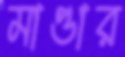
মাণ্ডার